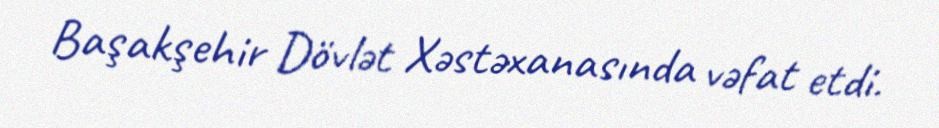
Başakşehir Dövlət Xəstəxanasında vəfat etdi.